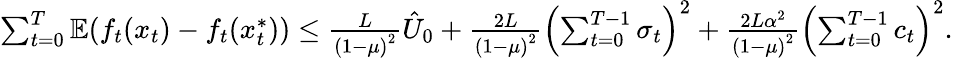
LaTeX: \begin{array}{r}{\sum_{t=0}^{T}\mathbb{E}(f_{t}(x_{t})-f_{t}(x_{t}^{*}))\leq\frac{L}{\left(1-\mu\right)^{2}}\hat{U}_{0}+\frac{2L}{\left(1-\mu\right)^{2}}\left(\sum_{t=0}^{T-1}\sigma_{t}\right)^{2}+\frac{2L\alpha^{2}}{\left(1-\mu\right)^{2}}\left(\sum_{t=0}^{T-1}c_{t}\right)^{2}.}\end{array}